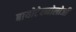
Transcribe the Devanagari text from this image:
बायोटेक्नोलोजी